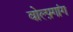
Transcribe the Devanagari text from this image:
वोल्फ़्गांग